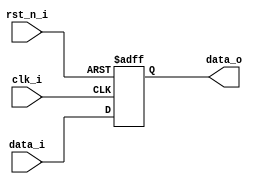
//--------------------------------------------------------------------------------
// Example demonstrating asynchronous reset
// Testbench: async_reset_tb.v
//--------------------------------------------------------------------------------

module async_reset(
  input      clk_i,
  input      rst_n_i,
  input      data_i,
  output reg data_o
);

  always@(posedge clk_i, negedge rst_n_i) begin
    if (!rst_n_i) begin
	  data_o <= 1'b0;
	end else begin
	  data_o <= data_i;
	end
  end
  
endmodule